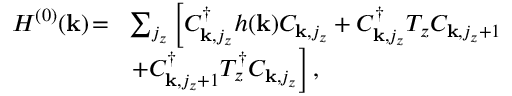
\begin{array} { r l } { H ^ { ( 0 ) } ( { \bf k } ) \! = \! } & { \sum _ { j _ { z } } \left[ C _ { { \bf k } , j _ { z } } ^ { \dagger } h ( { \bf k } ) C _ { { \bf k } , j _ { z } } + C _ { { \bf k } , j _ { z } } ^ { \dagger } T _ { z } C _ { { \bf k } , j _ { z } + 1 } \right. } \\ & { \left. + C _ { { \bf k } , j _ { z } + 1 } ^ { \dagger } T _ { z } ^ { \dagger } C _ { { \bf k } , j _ { z } } \right] , } \end{array}